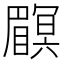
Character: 𥌏